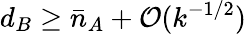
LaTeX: d_{B}\geq\bar{n}_{A}+\mathcal{O}(k^{-1/2})